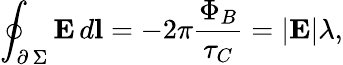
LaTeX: \oint_{\scriptstyle\partial\, \Sigma}\textbf{E}\, d\textbf{l}=-2\pi\frac{\Phi_{B}}{\tau_{C}}=|\textbf{E}|\lambda,